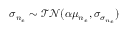
\sigma _ { n _ { e } } \sim \mathcal { T N } ( \alpha \mu _ { n _ { e } } , \sigma _ { \sigma _ { n _ { e } } } )